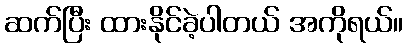
ဆက်ပြီး ထားနိုင်ခဲ့ပါတယ် အကိုရယ်။